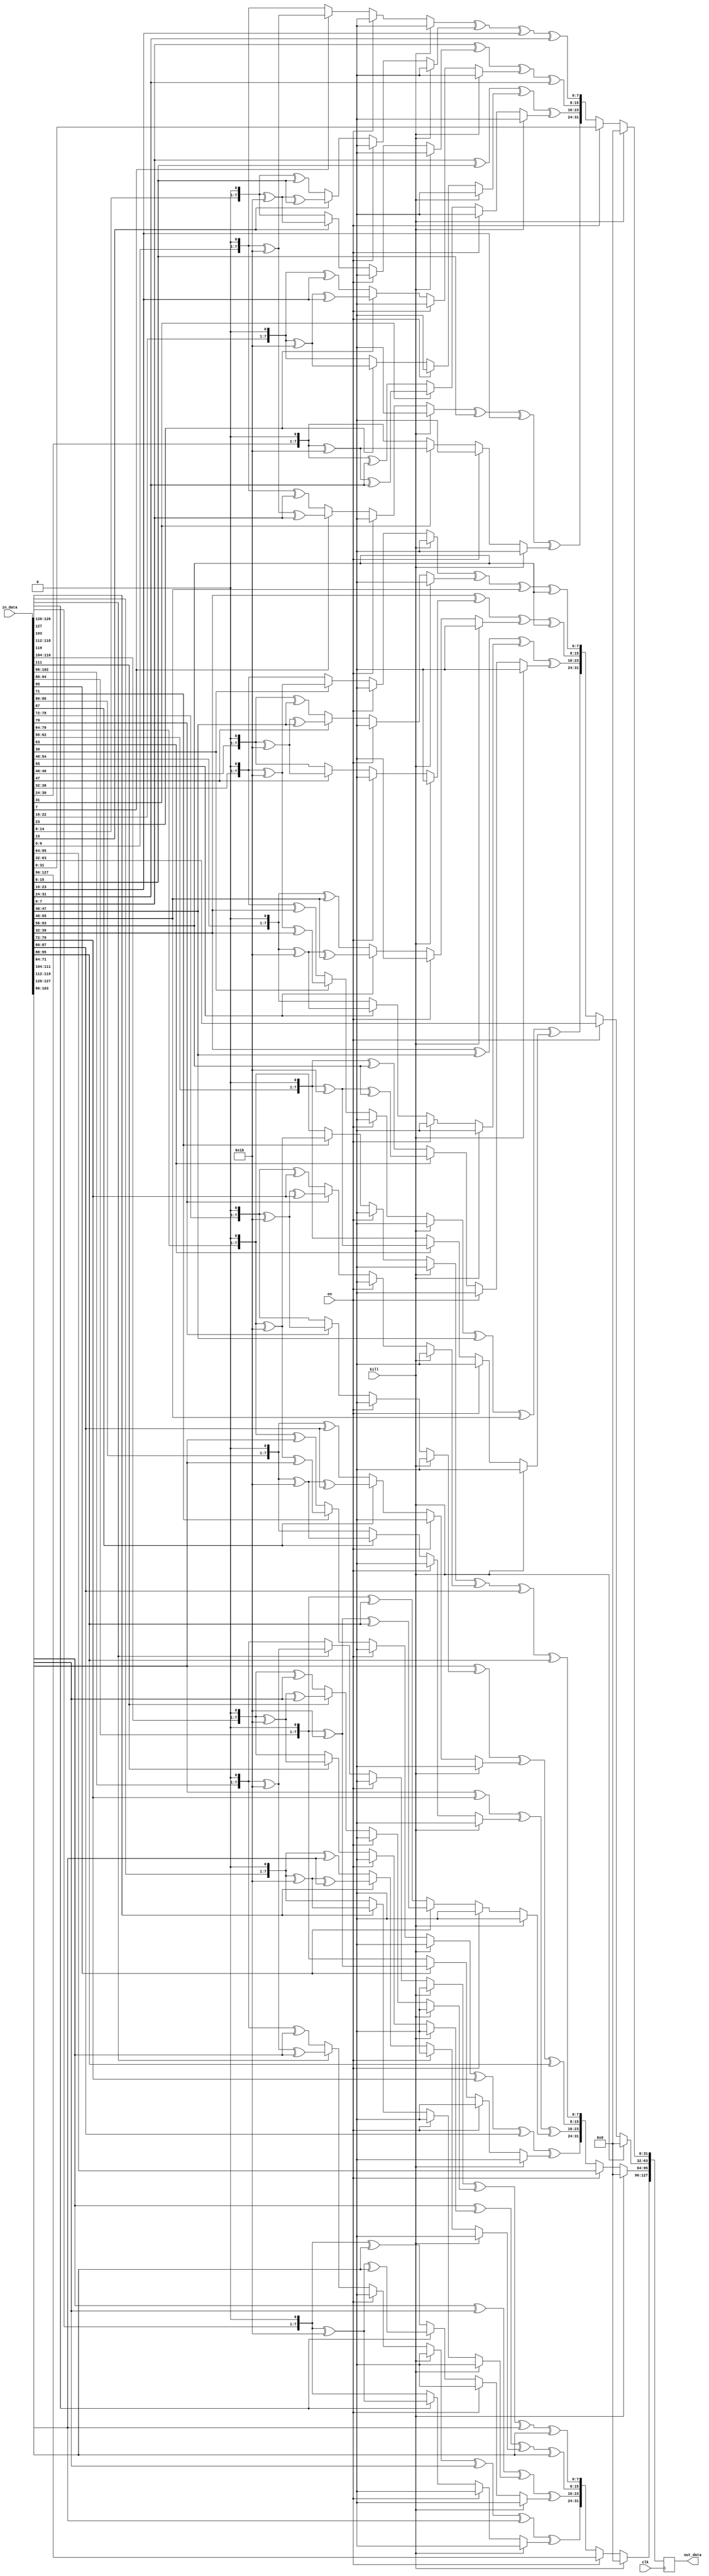
/**************************************************************************************************
 *                                                                                                *
 *                                                                                                *
 **************************************************************************************************
 *                                                                                                *
 *  Description:                                                                                  *
 *                                                                                                *
 *  Block Mixcolums                                                                               *
 *                                                                                                *
 **************************************************************************************************
 *    Synthesis in Vivado:                                                                        *
 *   			LUT:	182								  *
 *			FF:	128								  *
 **************************************************************************************************
 *  Verilog code                                                                                  *
 **************************************************************************************************/

(* keep_hierarchy = "yes" *)

module aes_128_mixcol (
	/* inputs */
	input			clk,
	input			kill,
	input			en,
	input		[127:0]	in_data,

	/* outputs */
	output	reg	[127:0]	out_data = 128'b0
	);

/**************************************************************************************************
 *      LOGIC                                                                                     *
 **************************************************************************************************/
//MixColumns
always @(posedge clk)
	if (kill)
		out_data <= 128'b0;
	else if (en)
		out_data <= in_data;
	else 
		begin
			out_data[31:0] <= mix_columns(in_data[31:0]);
			out_data[63:32] <= mix_columns(in_data[63:32]);
			out_data[95:64] <= mix_columns(in_data[95:64]);
			out_data[127:96] <= mix_columns(in_data[127:96]);
		end
			
/**************************************************************************************************/
//multiplication on 2 in MixColumns
function [7:0] mult2;
input	[7:0]	data;
begin
	if (data[7])
		mult2 = {data[6:0], 1'b0} ^ 8'h1b;
	else
		mult2 = {data[6:0], 1'b0};
end
endfunction			
		
/**************************************************************************************************/
//multiplication on 3 in MixColumns
function [7:0] mult3;
input	[7:0]	data;
begin
	if (data[7])
		mult3 = {data[6:0], 1'b0} ^ 8'h1b ^ data;
	else
		mult3 = {data[6:0], 1'b0} ^ data;
end
endfunction	

/**************************************************************************************************/
//MixColumns function
function [31:0] mix_columns;
input	[31:0]	data;
begin
	mix_columns[7:0] = mult2(data[7:0]) ^ mult3(data[15:8]) ^ data[23:16] ^ data[31:24]; 
	mix_columns[15:8] = data[7:0] ^ mult2(data[15:8]) ^ mult3(data[23:16]) ^ data[31:24]; 
	mix_columns[23:16] = data[7:0] ^ data[15:8] ^ mult2(data[23:16]) ^ mult3(data[31:24]); 
	mix_columns[31:24] = mult3(data[7:0]) ^ data[15:8] ^ data[23:16] ^ mult2(data[31:24]);
end
endfunction

/**************************************************************************************************/

endmodule